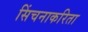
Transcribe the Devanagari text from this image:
सिंचनाकरिता